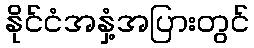
နိုင်ငံအနှံ့အပြားတွင်